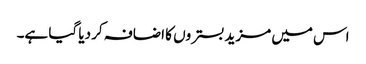
اس میں مزید بستروں کا اضافہ کر دیا گیا ہے۔